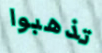
تذهبوا